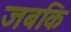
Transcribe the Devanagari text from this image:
जबकि